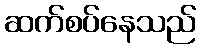
ဆက်စပ်နေသည်